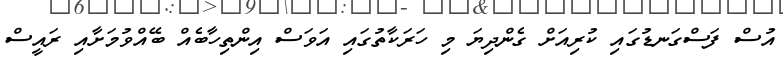
އުސް ފަސްގަނޑުގައި ކުރިއަށް ގެންދިޔަ މި ހަރަކާތުގައި އަވަސް އިންތިހާބެއް ބޭއްވުމަށާއި ރައީސް